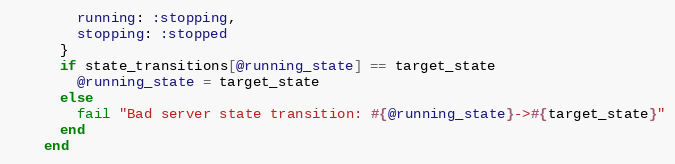
Language: Ruby
        running: :stopping,
        stopping: :stopped
      }
      if state_transitions[@running_state] == target_state
        @running_state = target_state
      else
        fail "Bad server state transition: #{@running_state}->#{target_state}"
      end
    end